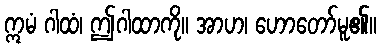
ဣမံ ဂါထံ၊ ဤဂါထာကို။ အာဟ၊ ဟောတော်မူ၏။